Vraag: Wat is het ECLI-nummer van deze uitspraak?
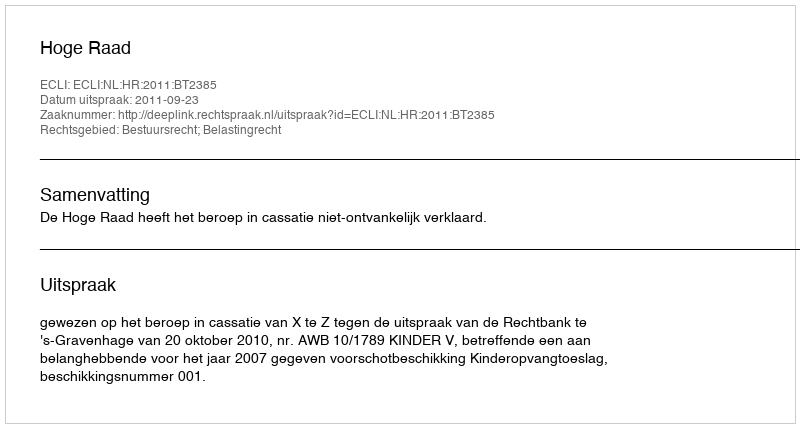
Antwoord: ECLI:NL:HR:2011:BT2385